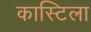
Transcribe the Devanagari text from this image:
कास्टिला